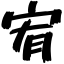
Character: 宥